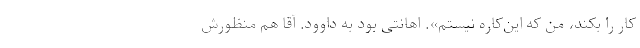
کار را بکند، من که این‌کاره نیستم». اهانتی بود به داوود. آقا هم منظورش